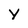
Character: Y